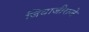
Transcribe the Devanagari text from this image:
जिवाजीराजे